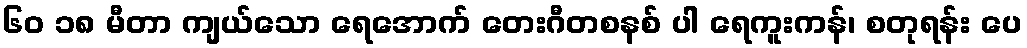
၆၀ ၁၈ မီတာ ကျယ်သော ရေအောက် တေးဂီတစနစ် ပါ ရေကူးကန်၊ စတုရန်း ပေ